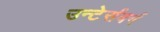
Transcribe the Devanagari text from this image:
उन्टेर्सबर्ग